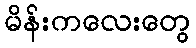
မိန်းကလေးတွေ